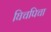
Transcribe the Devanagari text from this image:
घिचपिचा